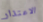
الاعتذار